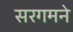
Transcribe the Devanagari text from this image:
सरगमने